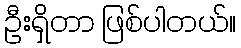
ဦးရှိတာ ဖြစ်ပါတယ်။